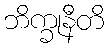
ဘိက္ခုနီတိ